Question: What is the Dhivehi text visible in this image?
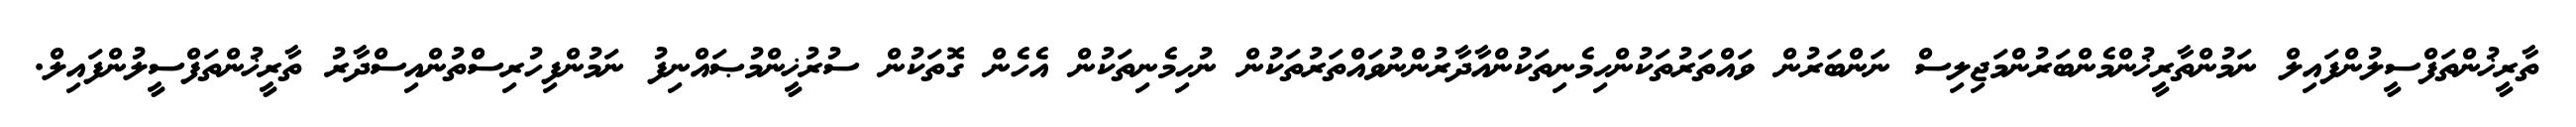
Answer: ތާރީޚުންތަފްސީލުންފައިލް ނަމުންތާރީޚުންމެންބަރުންމަޖިލިސް ނަންބަރުން ވައްތަރުތަކުންހިމެނިތަކުންއާދާރުންނުވައްތަރުތަކުން ނުހިމެނިތަކުން އެހެން ގޮތަކުން ސުރުޚީންމުޞައްނިފު ނަމުންފިހުރިސްތުންއިސްދާރު ތާރީޚުންތަފްސީލުންފައިލް.